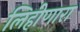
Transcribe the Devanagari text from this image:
लिहीणारा